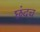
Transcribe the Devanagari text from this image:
छंदच